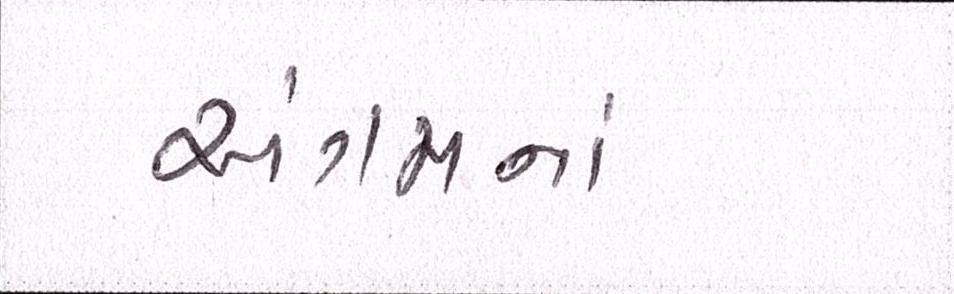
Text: અંગમનાં